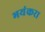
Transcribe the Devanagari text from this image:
भयंकरा